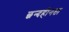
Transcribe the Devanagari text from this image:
छन्दहीनता